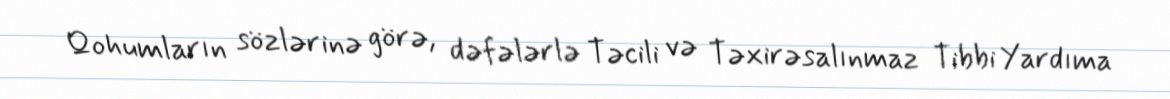
Qohumların sözlərinə görə, dəfələrlə Təcili və Təxirəsalınmaz Tibbi Yardıma